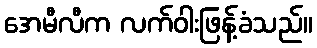
အေမီလီက လက်ဝါးဖြန့်ခံသည်။